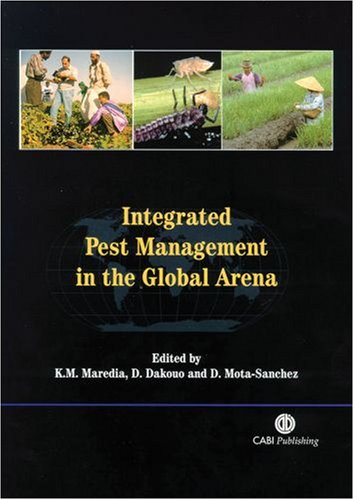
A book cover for Integrated Pest Management in the Global Arena; Karim M Maredia; Crafts, Hobbies & Home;